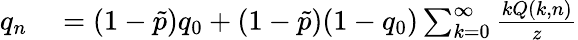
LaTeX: \begin{array}{rl}{q_{n}}&{{}=(1-\tilde{p})q_{0}+(1-\tilde{p})(1-q_{0})\sum_{k=0}^{\infty}\frac{kQ(k,n)}{z}}\end{array}